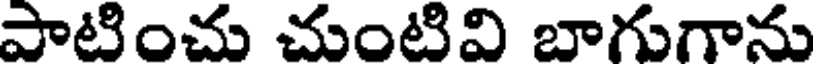
పాటించు చుంటివి బాగుగాను